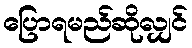
ပြောရမည်ဆိုလျှင်